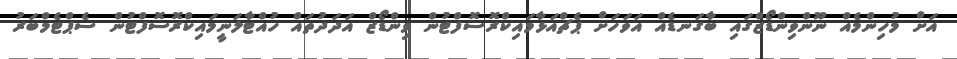
އަށް މުހިންމެއް ނޫންވިންޑޯޒްގައި ބާގަނޑެއް އަވަހަށް ޕެޗްއަޅާމައިކްރޮސޮފްޓުން ވިންޑޯޒް އަދަދުތައް ހުއްޓާލަނީމައިކްރޮސޮފްޓުން ސެޕްޓެމްބަރު